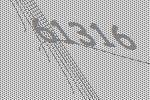
61316